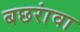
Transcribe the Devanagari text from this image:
बछरांवा